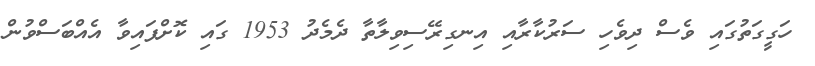
ހަގީގަތުގައި ވެސް ދިވެހި ސަރުކާރާއި އިނގިރޭސިވިލާތާ ދެމެދު 1953 ގައި ކޮށްފައިވާ އެއްބަސްވުން